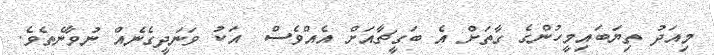
މިއަދު ތިޔަބައިމީހުންގެ ގާތަށް އެ ބަގީޗާއަށް އެއްވެސް  އަކު ވަނަދީގެނެއް ނުވާނެތެވެ.